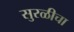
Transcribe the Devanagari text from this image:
सुरळीचा